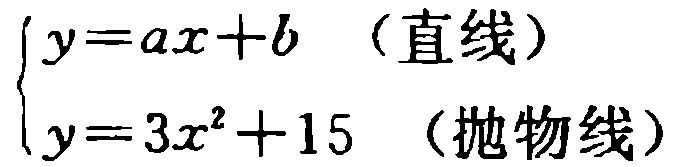
$\begin{cases}y = ax + b \quad (\text{直线})\\y = 3x^{2}+15 \quad (\text{抛物线})\end{cases}$